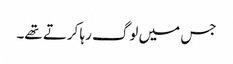
جس میں لوگ رہا کرتے تھے۔